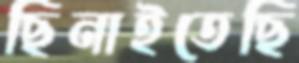
ছিনাইতেছি